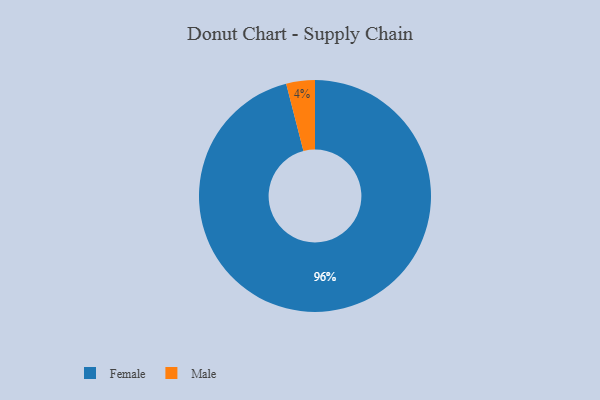
{"axis": {"x": "Category", "y": "Percentage"}, "legend": ["Female", "Male"], "data": [{"x": "Male", "y": 4, "type": "Male"}, {"x": "Female", "y": 96, "type": "Female"}]}